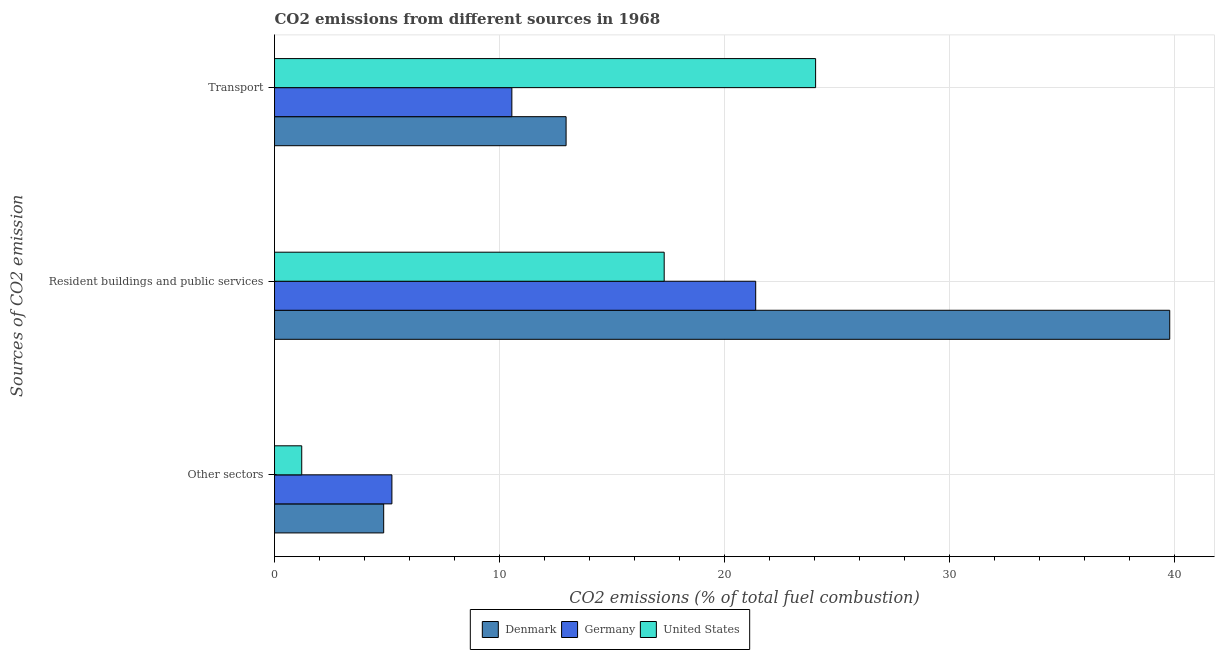
| Sources of CO2 emission | Denmark | Germany | United States |
 | --- | --- | --- | --- |
 | Other sectors | 4.85 | 5.22 | 1.21 |
 | Resident buildings and public services | 39.8 | 21.4 | 17.3 |
 | Transport | 13 | 10.5 | 24 |